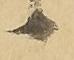
候